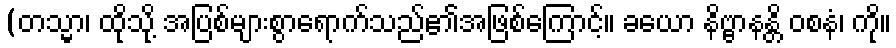
(တသ္မာ၊ ထိုသို့ အပြစ်များစွာရောက်သည်၏အဖြစ်ကြောင့်။ ခယော နိဗ္ဗာနန္တိ ဝစနံ၊ ကို။